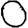
Digit: 0